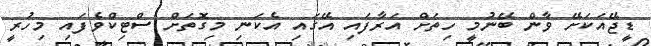
ޑީޖޭއަކަށޭ ވާން ބޭނުމީ ހިތަށް އަރާފައި އޭގައި އެކަނި މިގޮތަށް ސްޓިކްވެފައި މިހުރީ